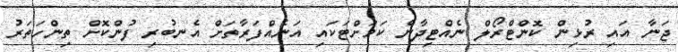
ޖަނާ އައި ރުޅިން ކޮންޓްރޯލް ނެއްޓިދާނެ ކަމަށްޓަކައި އަނެއްފަރާތަށް އެނބުރި ފުންކޮށް ތިންހަތަރު